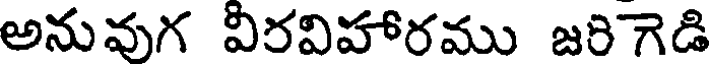
అనువుగ విరవిహారము జరిగెడి